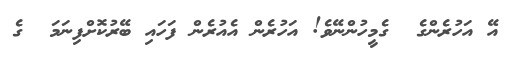
އޭ އަހުރެންގެ  ގެމީހުންނޭވެ! އަހުރެން އެއުރެން ފަހައި ބޭރުކޮށްފިނަމަ  ގެ